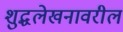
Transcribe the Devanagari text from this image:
शुद्धलेखनावरील